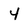
Character: 4